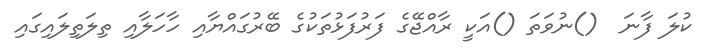
ކުލަ ފާނަ  ()ނުވަތަ ()އަކީ ރާއްޖޭގެ ފަރުފަޅުތަކުގެ ބޭރުގައްޔާއި ހާހަލާއި ތިލަތިލައިގައި